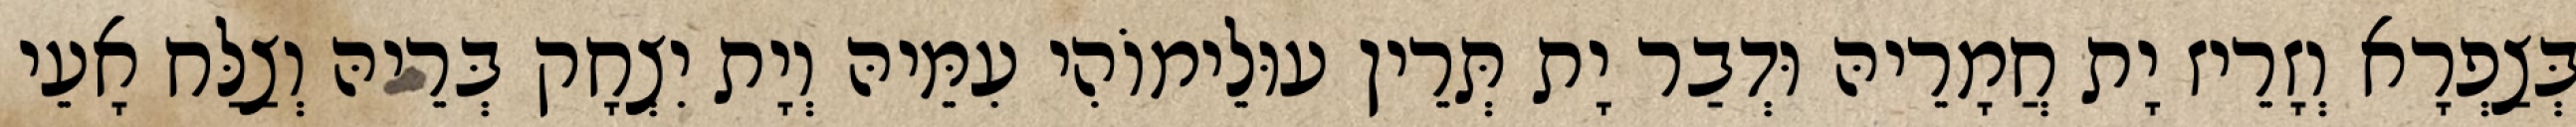
בְּצַפְרָא וְזָרֵיז יָת חֲמָרֵיהּ וּדְבַר יָת תְּרֵין עוּלֵימוֹהִי עִמֵּיהּ וְיָת יִצְחָק בְּרֵיהּ וְצַלַּח אָעֵי